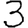
Digit: 3